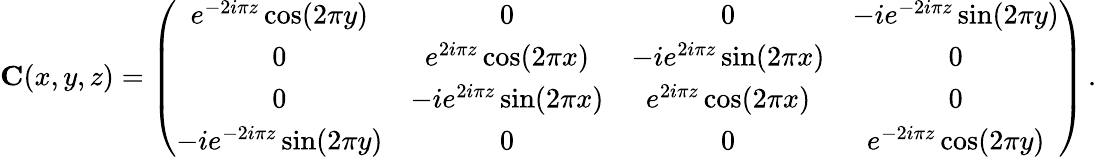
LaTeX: \mathbf{C}(x,y,z)=\left(\begin{array}{cccc}{e^{-2i\pi z}\cos(2\pi y)}&{0}&{0}&{-ie^{-2i\pi z}\sin(2\pi y)}\\ {0}&{e^{2i\pi z}\cos(2\pi x)}&{-ie^{2i\pi z}\sin(2\pi x)}&{0}\\ {0}&{-ie^{2i\pi z}\sin(2\pi x)}&{e^{2i\pi z}\cos(2\pi x)}&{0}\\ {-ie^{-2i\pi z}\sin(2\pi y)}&{0}&{0}&{e^{-2i\pi z}\cos(2\pi y)}\end{array}\right)\, .